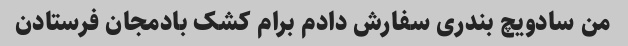
من سادویچ بندری سفارش دادم برام کشک بادمجان فرستادن